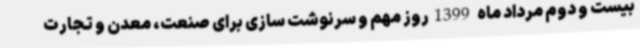
بیست و دوم مرداد ماه 1399روز مهم و سرنوشت سازی برای صنعت، معدن و تجارت